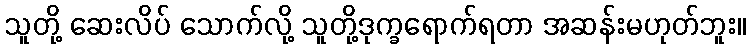
သူတို့ ဆေးလိပ် သောက်လို့ သူတို့ဒုက္ခရောက်ရတာ အဆန်းမဟုတ်ဘူး။